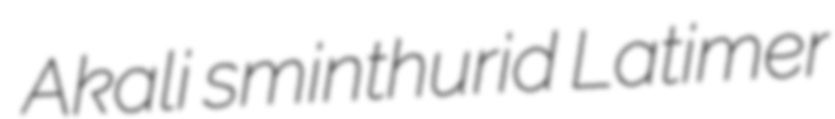
Akali sminthurid Latimer